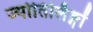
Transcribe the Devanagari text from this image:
ज्योतिर्लिङ्गों